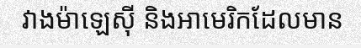
វាងម៉ាឡេស៊ី និងអាមេរិកដែលមាន